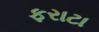
ફરાટા